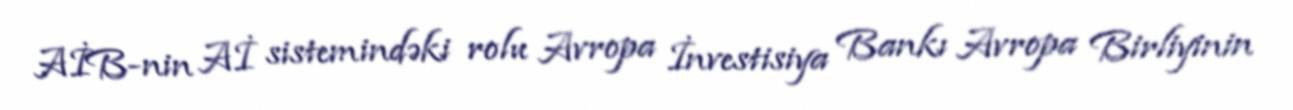
AİB-nin Aİ sistemindəki rolu Avropa İnvestisiya Bankı Avropa Birliyinin